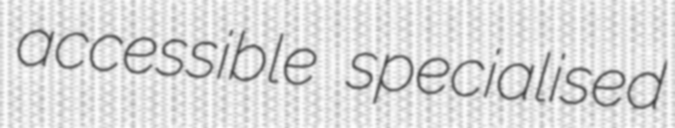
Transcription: accessible specialised